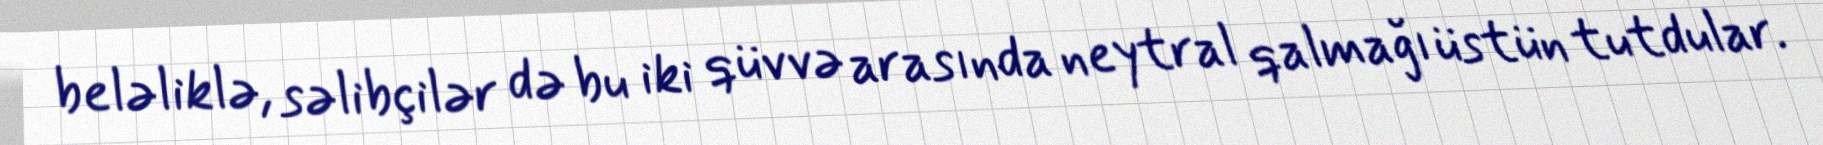
beləliklə, səlibçilər də bu iki qüvvə arasında neytral qalmağı üstün tutdular.